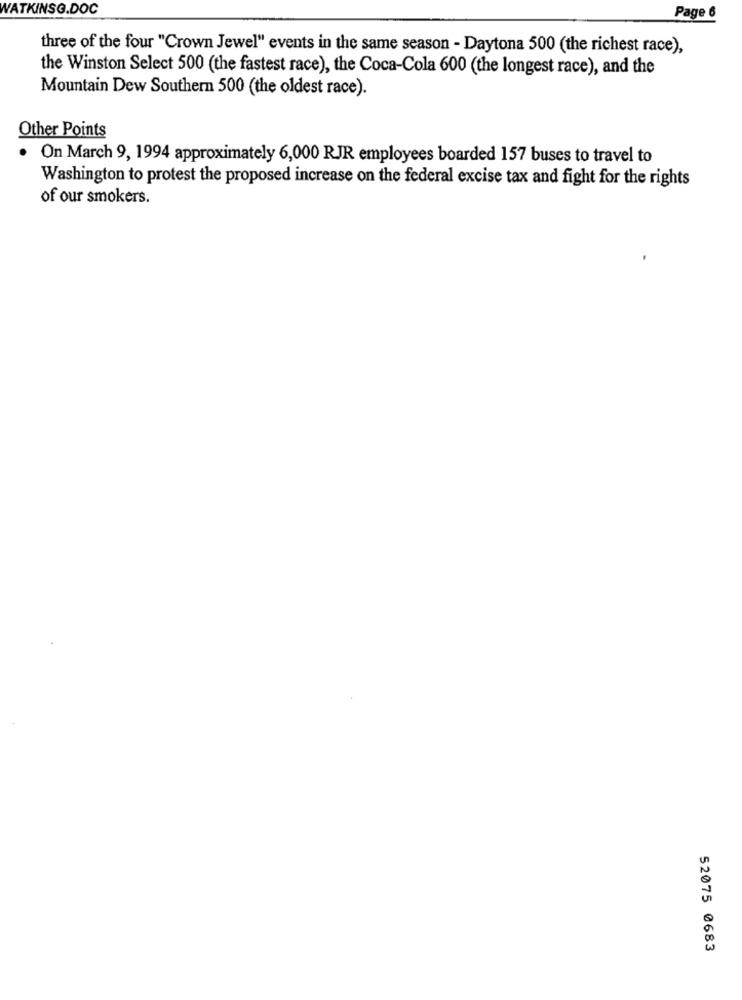
WATKINSG.DOC
Page 6
three of the four "Crown Jewel" events in the same season - Daytona 500 (the richest race),
the Winston Select 500 (the fastest race), the Coca-Cola 600 (the longest race), and the
Mountain Dew Southern 500 (the oldest race).
Other Points
· On March 9, 1994 approximately 6,000 RJR employees boarded 157 buses to travel to
Washington to protest the proposed increase on the federal excise tax and fight for the rights
of our smokers.
52075 0683